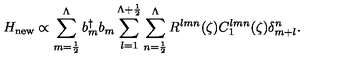
H _ { \mathrm { { n e w } } } \propto \sum _ { m = \frac { 1 } { 2 } } ^ { \Lambda } b _ { m } ^ { \dag } b _ { m } \sum _ { l = 1 } ^ { \Lambda + \frac { 1 } { 2 } } \sum _ { n = \frac { 1 } { 2 } } ^ { \Lambda } R ^ { l m n } ( \zeta ) C _ { 1 } ^ { l m n } ( \zeta ) \delta _ { m + l } ^ { n } . \nonumber